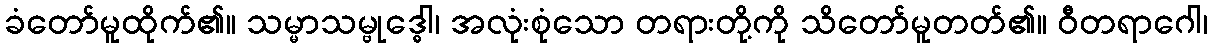
ခံတော်မူထိုက်၏။ သမ္မာသမ္ဗုဒ္ဓေါ၊ အလုံးစုံသော တရားတို့ကို သိတော်မူတတ်၏။ ဝီတရာဂေါ၊